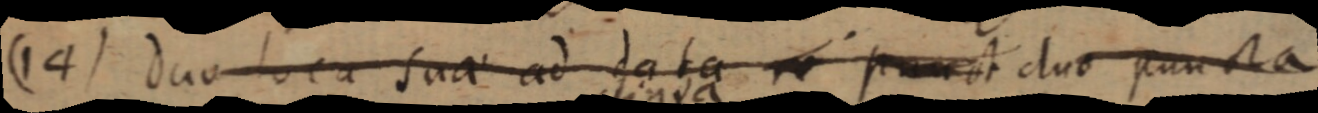
(14) duo loca suae ad data re punct duo puncta